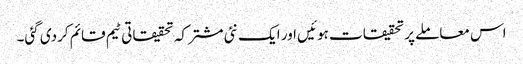
اس معاملے پر تحقیقات ہوئیں اور ایک نئی مشترکہ تحقیقاتی ٹیم قائم کردی گئی۔